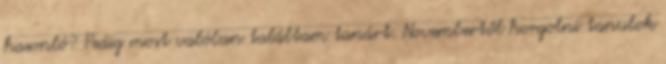
hasonló? Pedig most valóban találtam tanárt. Novembertől horgolni tanulok